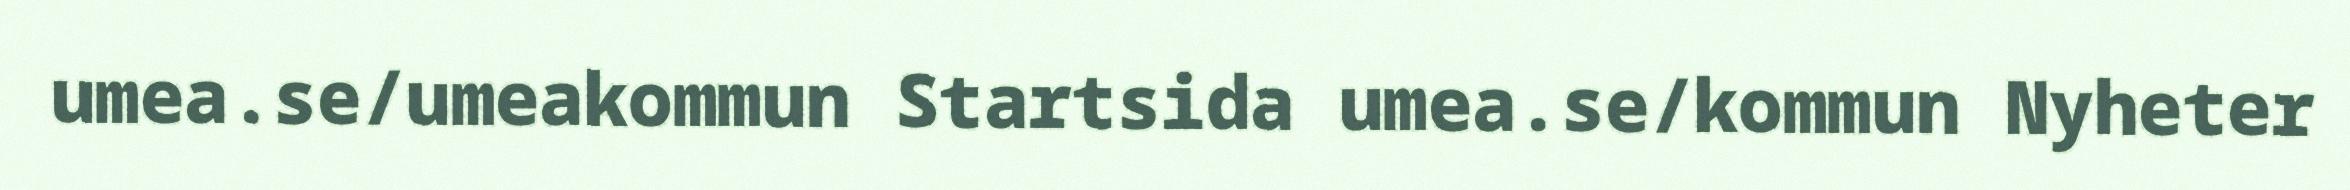
umea.se/umeakommun Startsida umea.se/kommun Nyheter